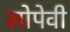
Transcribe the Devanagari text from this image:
लोपेवी